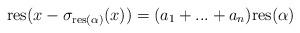
LaTeX: \begin{align*}\mathrm{res}(x- \sigma_{\mathrm{res}(\alpha)}(x))=(a_1+...+a_n) \mathrm{res}(\alpha)\end{align*}